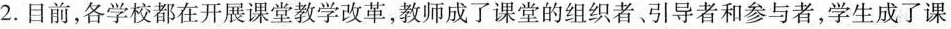
2.目前，各学校都在开展课堂教学改革，教师成了课堂的组织者、引导者和参与者，学生成了课